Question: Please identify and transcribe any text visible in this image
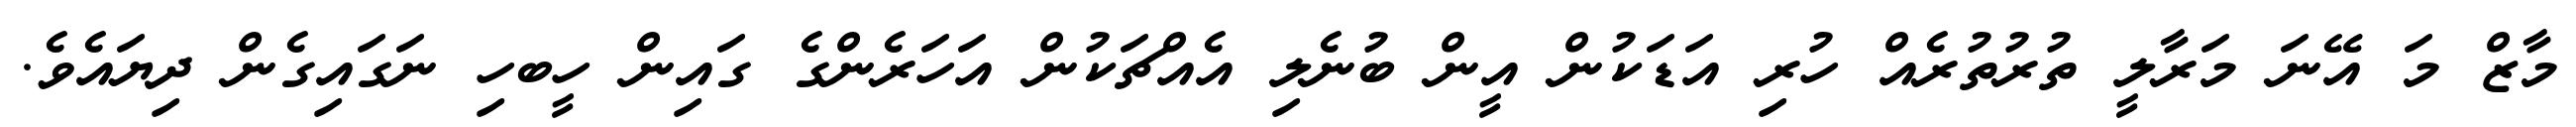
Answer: މާޒް މަ އޭނަ މަރާލީ ތުރުތުރެއް ހުރި އަޑަކުން އީން ބުނެލި އެއްޗަކުން އަހަރެންގެ ގައިން ހީބހި ނަގައިގެން ދިޔައެވެ.